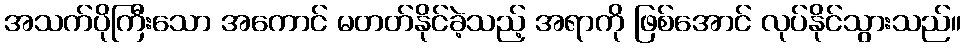
အသက်ပိုကြီးသော အကောင် မတတ်နိုင်ခဲ့သည့် အရာကို ဖြစ်အောင် လုပ်နိုင်သွားသည်။